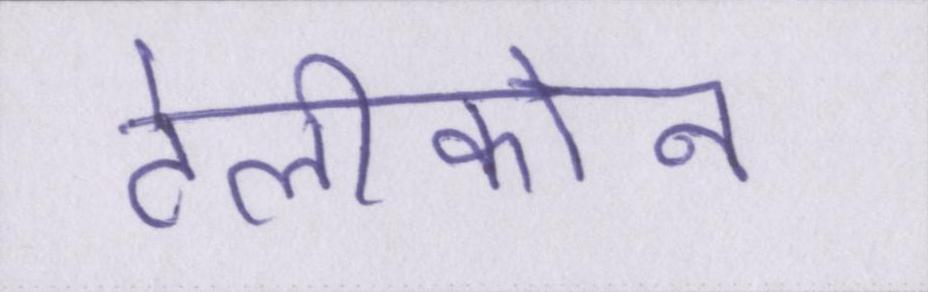
टेलीफोन